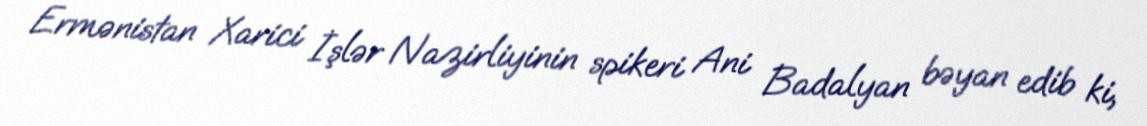
Ermənistan Xarici İşlər Nazirliyinin spikeri Ani Badalyan bəyan edib ki,